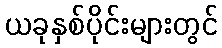
ယခုနှစ်ပိုင်းများတွင်